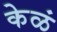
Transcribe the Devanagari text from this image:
केळं